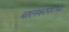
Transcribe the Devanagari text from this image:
बालकापराधा